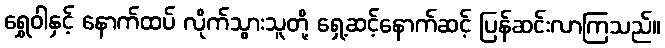
ရွှေဝါနှင့် နောက်ထပ် လိုက်သွားသူတို့ ရှေ့ဆင့်နောက်ဆင့် ပြန်ဆင်းလာကြသည်။